Source: Handwritten
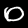
Digit: ၀ (0)